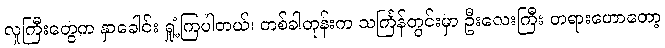
လူကြီးတွေက နှာခေါင်း ရှုံ့ကြပါတယ်၊ တစ်ခါတုန်းက သင်္ကြန်တွင်းမှာ ဦးလေးကြီး တရားဟောတော့